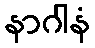
နာဂါနံ